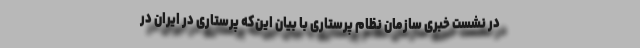
در نشست خبری سازمان نظام پرستاری با بیان این‌که پرستاری در ایران در